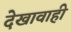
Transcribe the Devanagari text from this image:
देखावाही